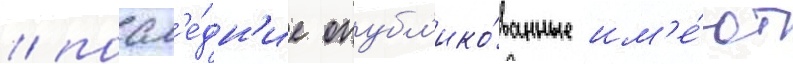
/ посл'е́дн'ие опубл'ико́ванные им'е́ют